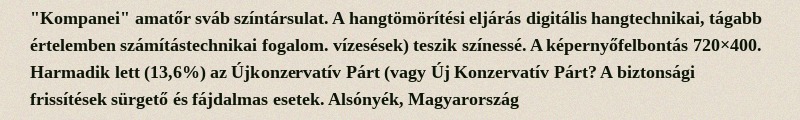
"Kompanei" amatőr sváb színtársulat. A hangtömörítési eljárás digitális hangtechnikai, tágabb értelemben számítástechnikai fogalom. vízesések) teszik színessé. A képernyőfelbontás 720×400. Harmadik lett (13,6%) az Újkonzervatív Párt (vagy Új Konzervatív Párt? A biztonsági frissítések sürgető és fájdalmas esetek. Alsónyék, Magyarország